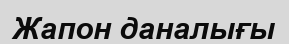
Жапон даналығы